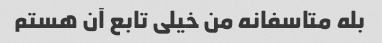
بله متاسفانه من خیلی تابع آن هستم